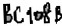
Text: BC108B